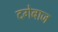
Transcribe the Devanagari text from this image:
दगेबाज